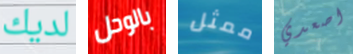
لديك بالوحل ممثل اصعدي